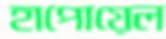
হাপোয়েল